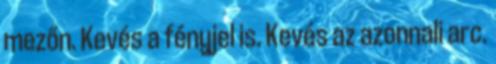
mezőn. Kevés a fényjel is. Kevés az azonnali arc.